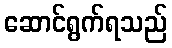
ဆောင်ရွက်ရသည်